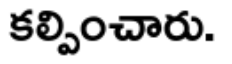
కల్పించారు.